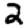
Digit: 2